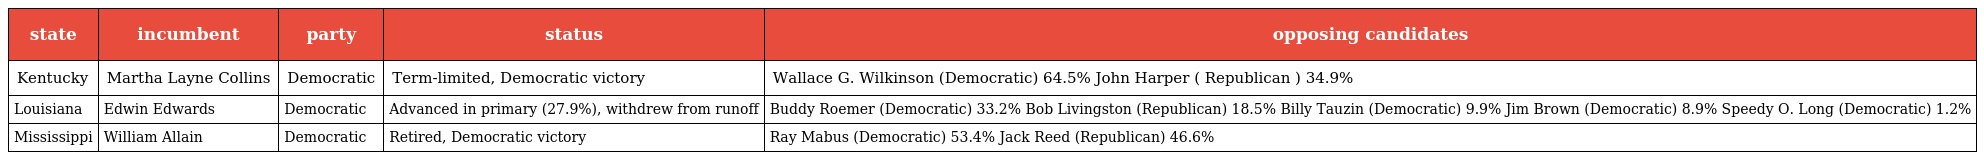
| state | incumbent | party | status | opposing candidates |
 | --- | --- | --- | --- | --- |
 | Kentucky | Martha Layne Collins | Democratic | Term-limited, Democratic victory | Wallace G. Wilkinson (Democratic) 64.5% John Harper ( Republican ) 34.9% |
 | Louisiana | Edwin Edwards | Democratic | Advanced in primary (27.9%), withdrew from runoff | Buddy Roemer (Democratic) 33.2% Bob Livingston (Republican) 18.5% Billy Tauzin (Democratic) 9.9% Jim Brown (Democratic) 8.9% Speedy O. Long (Democratic) 1.2% |
 | Mississippi | William Allain | Democratic | Retired, Democratic victory | Ray Mabus (Democratic) 53.4% Jack Reed (Republican) 46.6% |